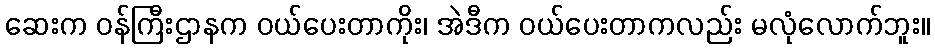
ဆေးက ဝန်ကြီးဌာနက ဝယ်ပေးတာကိုး၊ အဲဒီက ဝယ်ပေးတာကလည်း မလုံလောက်ဘူး။